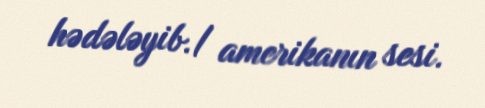
hədələyib./ amerikanın sesi.